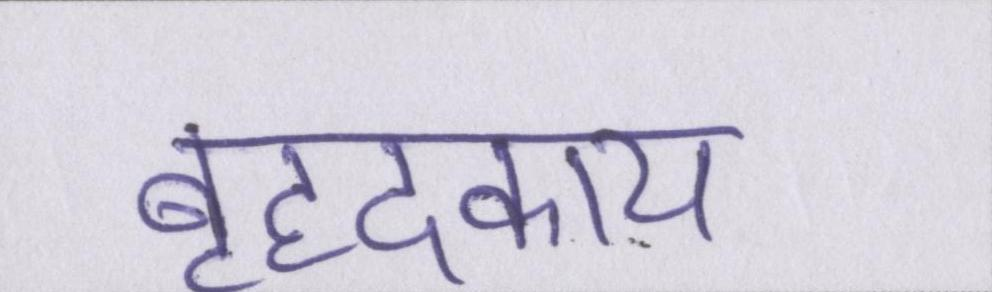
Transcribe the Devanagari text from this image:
बृहदकाय